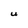
Character: U